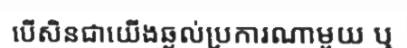
បើសិនជាយើងឆ្ងល់ប្រការណាមួយ ឬ